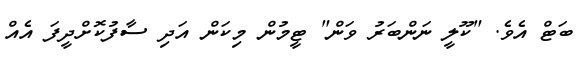
ބަޓް އެވެ. "ކޫލީ ނަންބަރު ވަން" ޓީމުން މިކަން އަދި ސާފުކޮށްދީފަ އެއް